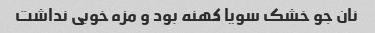
نان جو خشک سویا کهنه بود و مزه خوبی نداشت